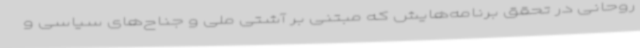
روحانی در تحقق برنامه‌هایش که مبتنی بر آشتی ملی و جناح‌های سیاسی و